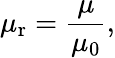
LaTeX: \mu_{\mathrm{r}}={\frac{\mu}{\mu_{0}}},